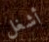
أشغل